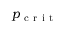
p _ { \mathrm { ~ c ~ r ~ i ~ t ~ } }